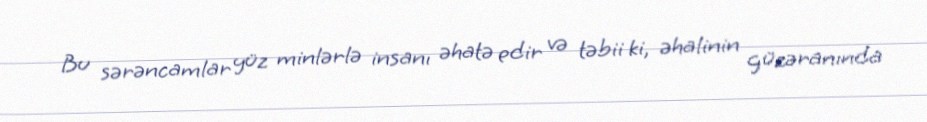
Bu sərəncamlar yüz minlərlə insanı əhatə edir və təbii ki, əhalinin güzəranında